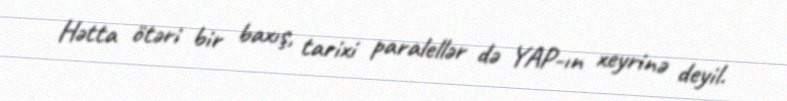
Hətta ötəri bir baxış, tarixi paralellər də YAP-ın xeyrinə deyil.